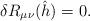
LaTeX: \begin{align*}\delta R_{\mu\nu}(\hat h) = 0.\end{align*}